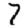
Digit: 7